Annual administration report of the Civil Veterinary Department of India - 1894-1895
Year: 1894
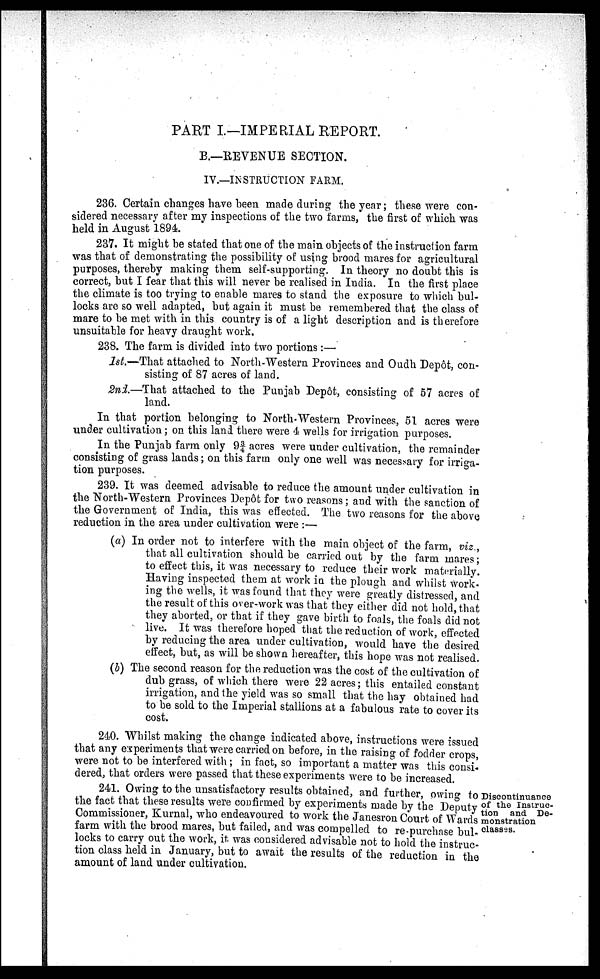
PART I—IMPERIAL REPORT.
B.—REVENUE SECTION.
IV.—INSTRUCTION FARM.
236. Certain changes have been made during the year; these were con-
sidered necessary after my inspections of the two farms, the first of which was
held in August 1894.
237. It might be stated that one of the main objects of the instruction farm
was that of demonstrating the possibility of using brood mares for agricultural
purposes, thereby making them self-supporting. In theory no doubt this is
correct, but I fear that this will never be realised in India. In the first place
the climate is too trying to enable mares to stand the exposure to which bul-
locks are so well adapted, but again it must be remembered that the class of
mare to be met with in this country is of a light description and is therefore
unsuitable for heavy draught work.
238. The farm is divided into two portions :—
1st.—That attached to North-Western Provinces and Oudh Depôt, con-
sisting of 87 acres of land.
2nd.—That attached to the Punjab Depôt, consisting of 57 acres of
land.
In that portion belonging to North-Western Provinces, 51 acres were
under cultivation ; on this land there were 4 wells for irrigation purposes.
In the Punjab farm only 9¾ acres were under cultivation, the remainder
consisting of grass lands; on this farm only one well was necessary for irriga-
tion purposes.
239. It was deemed advisable to reduce the amount under cultivation in
the North-Western Provinces Depôt for two reasons; and with the sanction of
the Government of India, this was effected. The two reasons for the above,
reduction in the area under cultivation were :—
(a) In order not to interfere with the main object of the farm, viz.,
that all cultivation should be carried out by the farm mares;
to effect this, it was necessary to reduce their work materially.
Having inspected them at work in the plough and whilst work-
ing the wells, it was found that they were greatly distressed, and
the result of this over-work was that they either did not hold, that
they aborted, or that if they gave birth to foals, the foals did not
live. It was therefore hoped that the reduction of work, effected
by reducing the area under cultivation, would have the desired
effect, but, as will be shown hereafter, this hope was not realised.
(b) The second reason for the reduction was the cost of the cultivation of
dub grass, of which there were 22 acres; this entailed constant
irrigation, and the yield was so small that the hay obtained had
to be sold to the Imperial stallions at a fabulous rate to cover its
cost.
240. Whilst making the change indicated above, instructions were issued
that any experiments that were carried on before, in the raising of fodder crops,
were not to be interfered with; in fact, so important a matter was this consi-
dered, that orders were passed that these experiments were to be increased.
Discontinuance
of the Instruc-
tion and De-
monstration
classes.
241. Owing to the unsatisfactory results obtained, and further, owing to
the fact that these results were confirmed by experiments made by the Deputy
Commissioner, Kurnal, who endeavoured to work the Janesron Court of Wards
farm with the brood mares, but failed, and was compelled to re-purchase bul-
locks to carry out the work, it was considered advisable not to hold the instruc-
tion class held in January, but to await the results of the reduction in the
amount of land under cultivation.